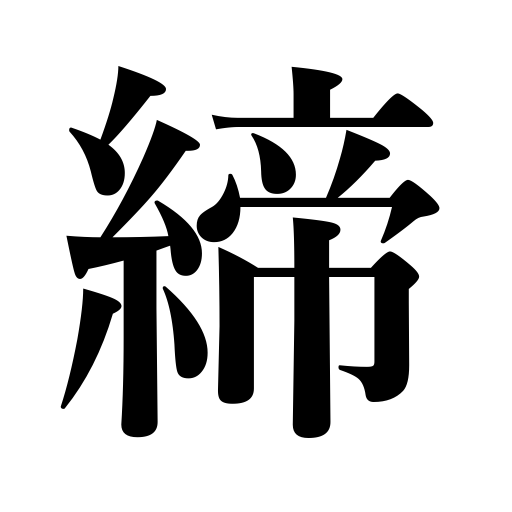
Meanings: be firm,be thrifty,tie,total,tighten,be locked,wring,constrict,strangle,reform,be fastened,control strictly,be shut,rebuke,shut,become sober,be tight